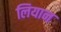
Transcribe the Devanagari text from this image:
लियान